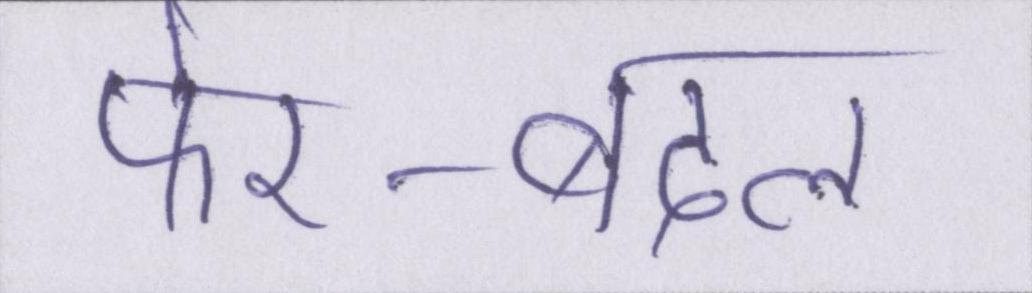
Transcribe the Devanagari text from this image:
फेर-बदल